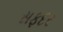
સફદર